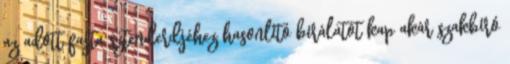
az adott fajta sztenderdjéhez hasonlító bírálatot kap akár szakbíró